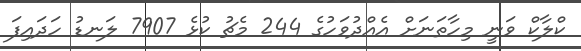
ކްލާކް ވަނީ މިހާތަނަށް އެއްދުވަހުގެ 244 މެޗު ކުޅެ 7907 ލަނޑު ހަދައިފަ